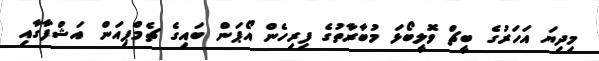
މިދިޔަ އަހަރުގެ ބީޗް ވޮލީބޯޅަ މުބާރާތުގެ ފިރިހެން އޯޕަން ބައިގެ ޗެމްޕިއަން އަޝްފާގާއި